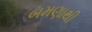
બમણાથી